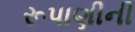
રૂપાણીની